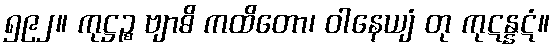
၅၉၂။ ကုဋ္ဌဉ္စ ဗျာဓိ ကထိတော၊ ဝါနေယျံ တု ကုဋန္နဋံ။